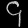
Digit: ၄